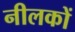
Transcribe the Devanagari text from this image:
नीलकों